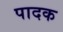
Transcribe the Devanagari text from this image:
पादक